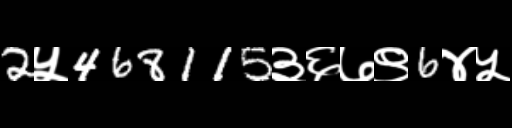
Text: 2५468115३६७९6४५